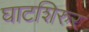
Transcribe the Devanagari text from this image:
घाटशिरुर